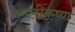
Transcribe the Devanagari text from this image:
कालीकृष्ण